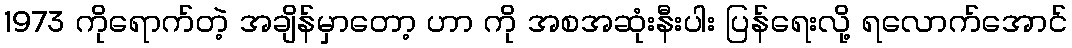
1973 ကိုရောက်တဲ့ အချိန်မှာတော့ ဟာ ကို အစအဆုံးနီးပါး ပြန်ရေးလို့ ရလောက်အောင်